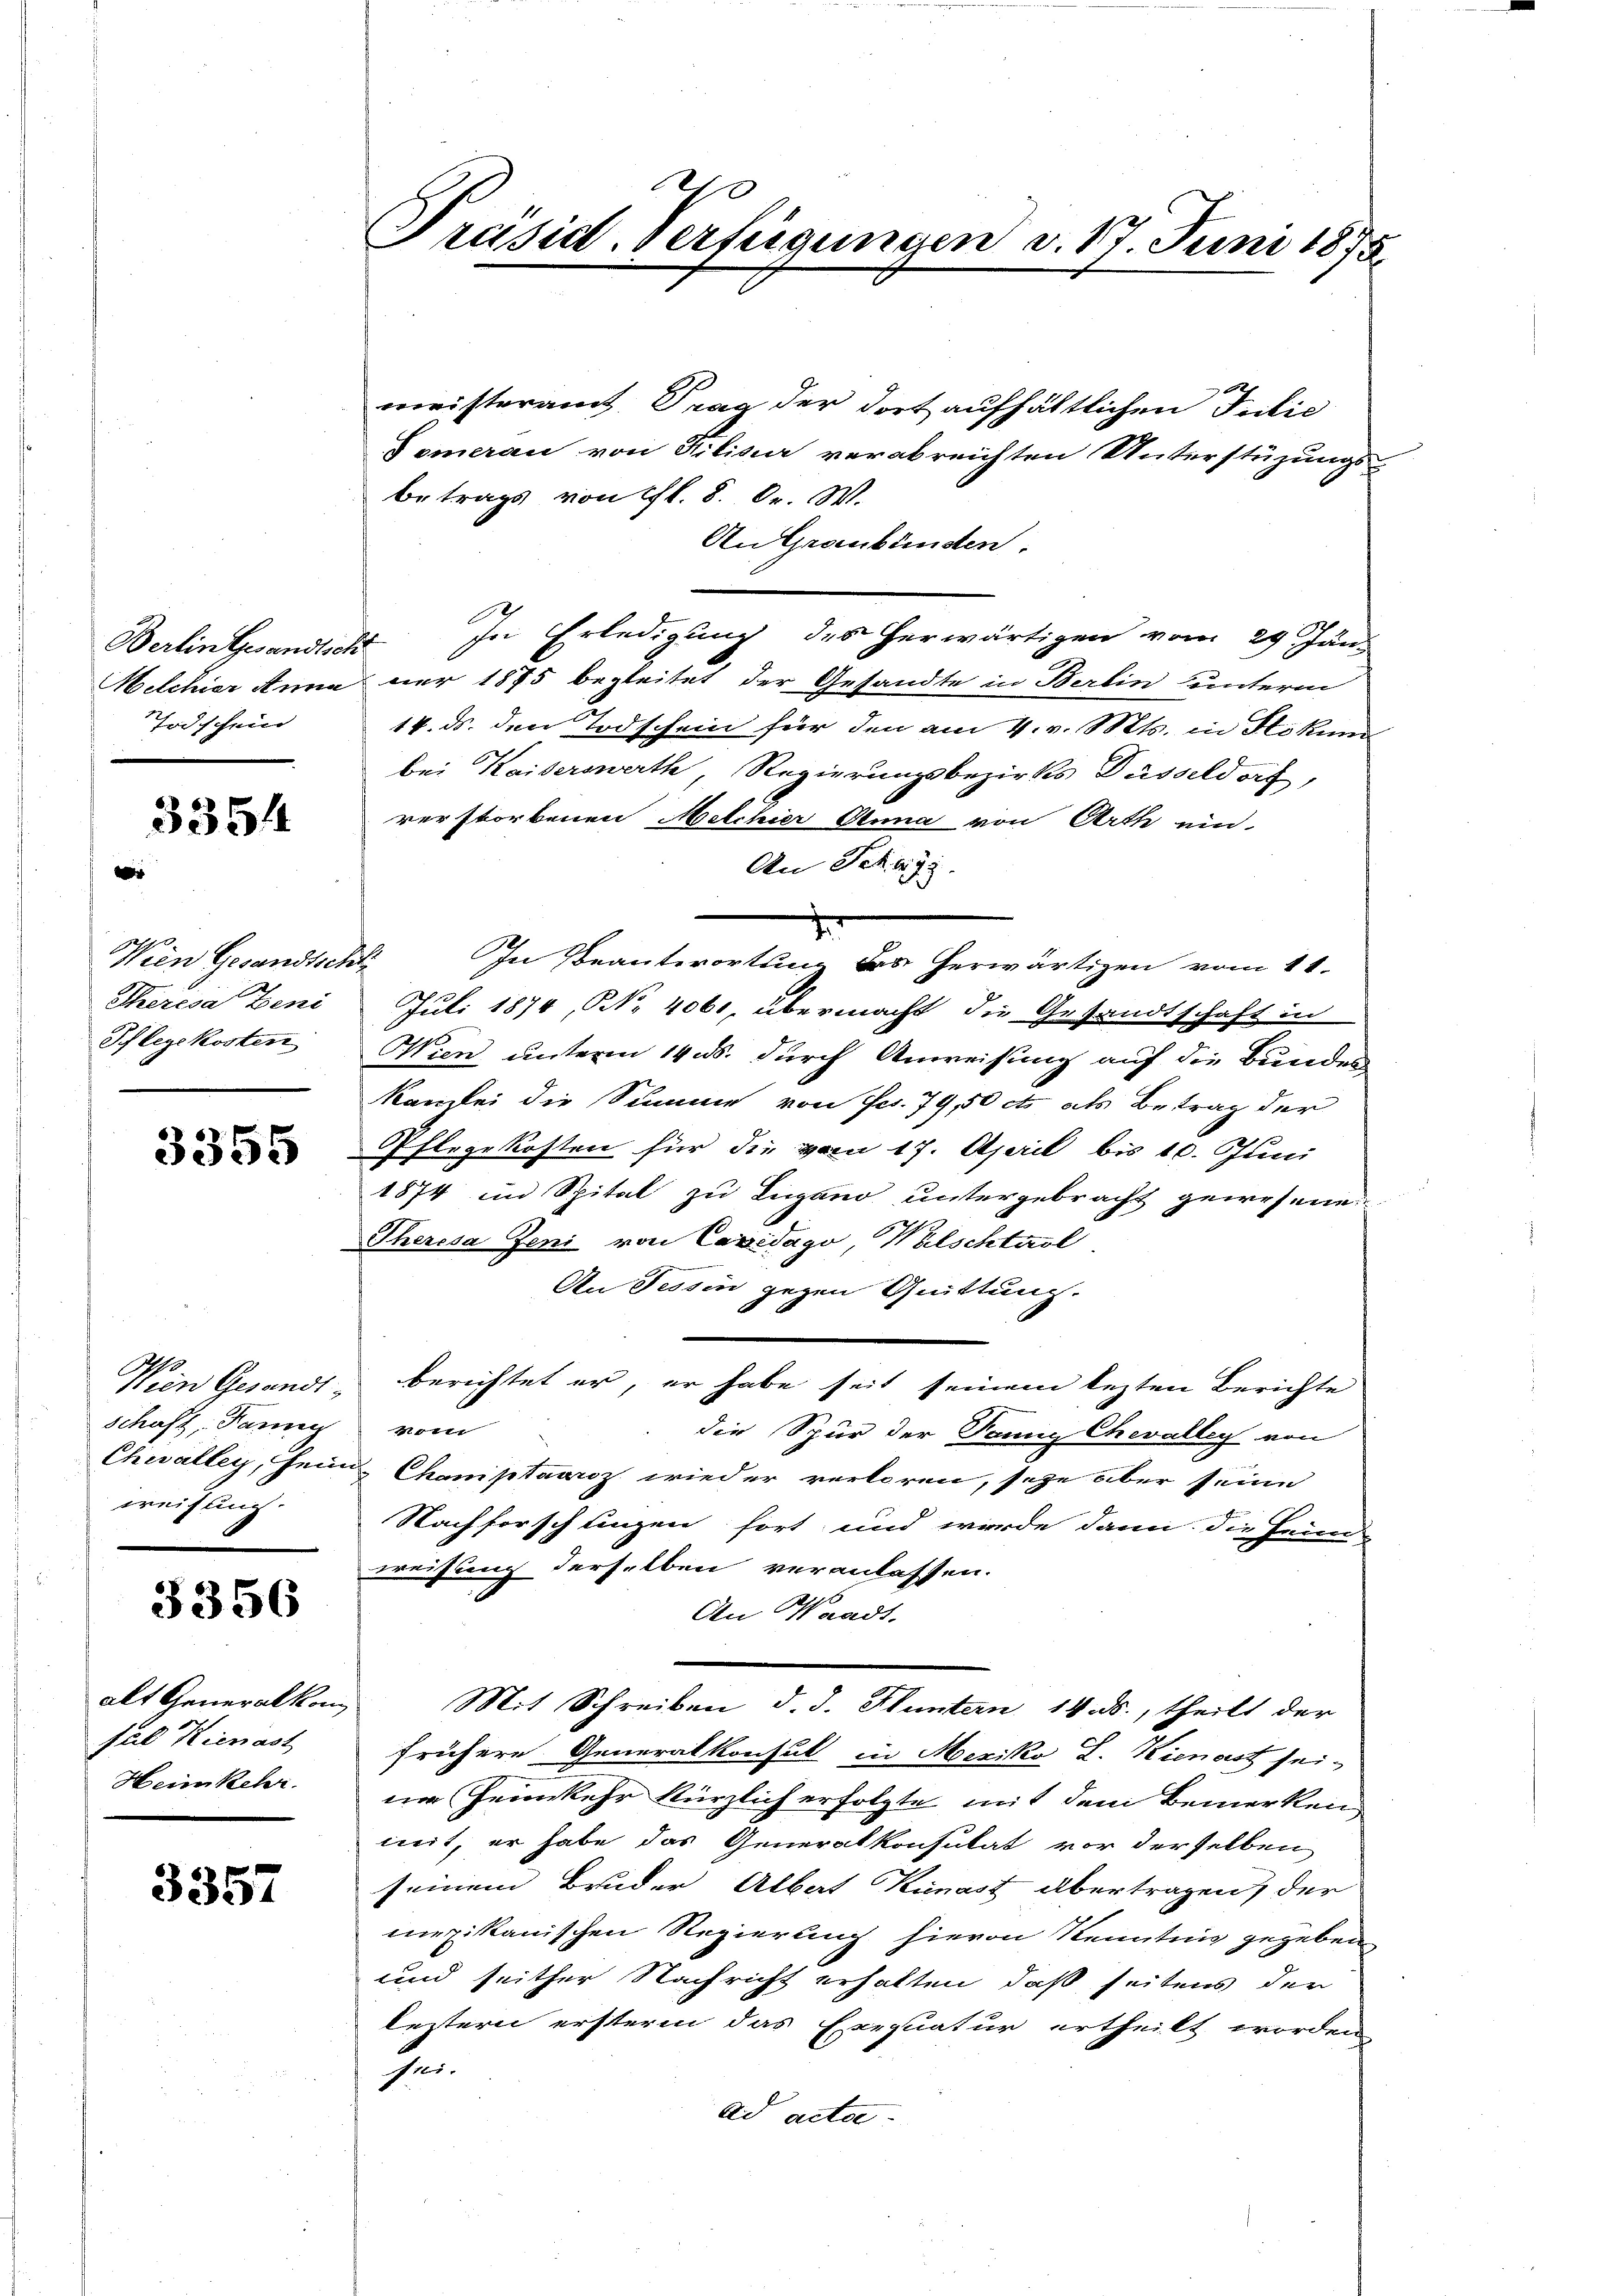
Berlin Gesandtsch
Todschein

3354

Wien Gesandtschli
Iherisa Beni
Pflegekosten

3355

Wein Gesandt
schaft, Pann
weihung.

3356

alt Generalkomsul Kienast
Heimkehr.

3357

Präsid. Verfügungen v. 17. Juni 1875.

meisteramt Trag der dort aufhältlichen Teilic
Pomeran von Filisa verabreichten Unterstüzungs-
Betrags von fl. 8. Dr. W.
An Graubünden.
 In Erledigung des herwärtigen vom 29. Jän-
Melchier Anna nur 1875 begleitet der Gesandte in Berlin unterm
14. ds. den Todschein für den am 4. v. Mts. in Hokum
bei Kaiserswerth, Regierungsbezirks Düsseldorf,
rerstorbenen Melchier Anna von Arth ein-
An Schwyz
d
In Beantwortung des herwärtigen vom 11.
Juli 1874, No 4061, übermacht die Gesandtschaft in
Wien unterm 14. ds. durch Anweisung auf die Bunden
Kanzlei die Summe von Fr. 79, 50 cts als Betrag der
Pflegekosten für die vom 17. April bis 10. Juni
1874 im Spital zu Lugano untergebracht gewesene
Theresa Jeni von Caridago, Walschtarl
An Tessin gegen Quittung.
berichtet er, er habe seit seinem lezten Berichte
1111
die Spur der Tannig Chevalley von
Chevalley, sein Chaniptawroz wieder verloren, seye aber seine
Nachforschlingen fort und wurde dann die Heim
weisung derselben veranlassen.
An Waadt,
Mit Schreiben d. J. Hluntern 14. ds., theilt der
frühere Generalkonsul in Mexiko L. Kienast sei-
dem Heimkehr kürzlich erfolgte mit dem Bemerken
mit, er habe das Generalkonsulat vor derselben
seinem Bruder Albat Kienast übertragen der
mexikanischen Regierung hievon Kenntnis gegeben
und seither Nachricht erhalten, daß seitens der
leztern ersteren das Exequatur ertheilt worden
sei-
ad acta.